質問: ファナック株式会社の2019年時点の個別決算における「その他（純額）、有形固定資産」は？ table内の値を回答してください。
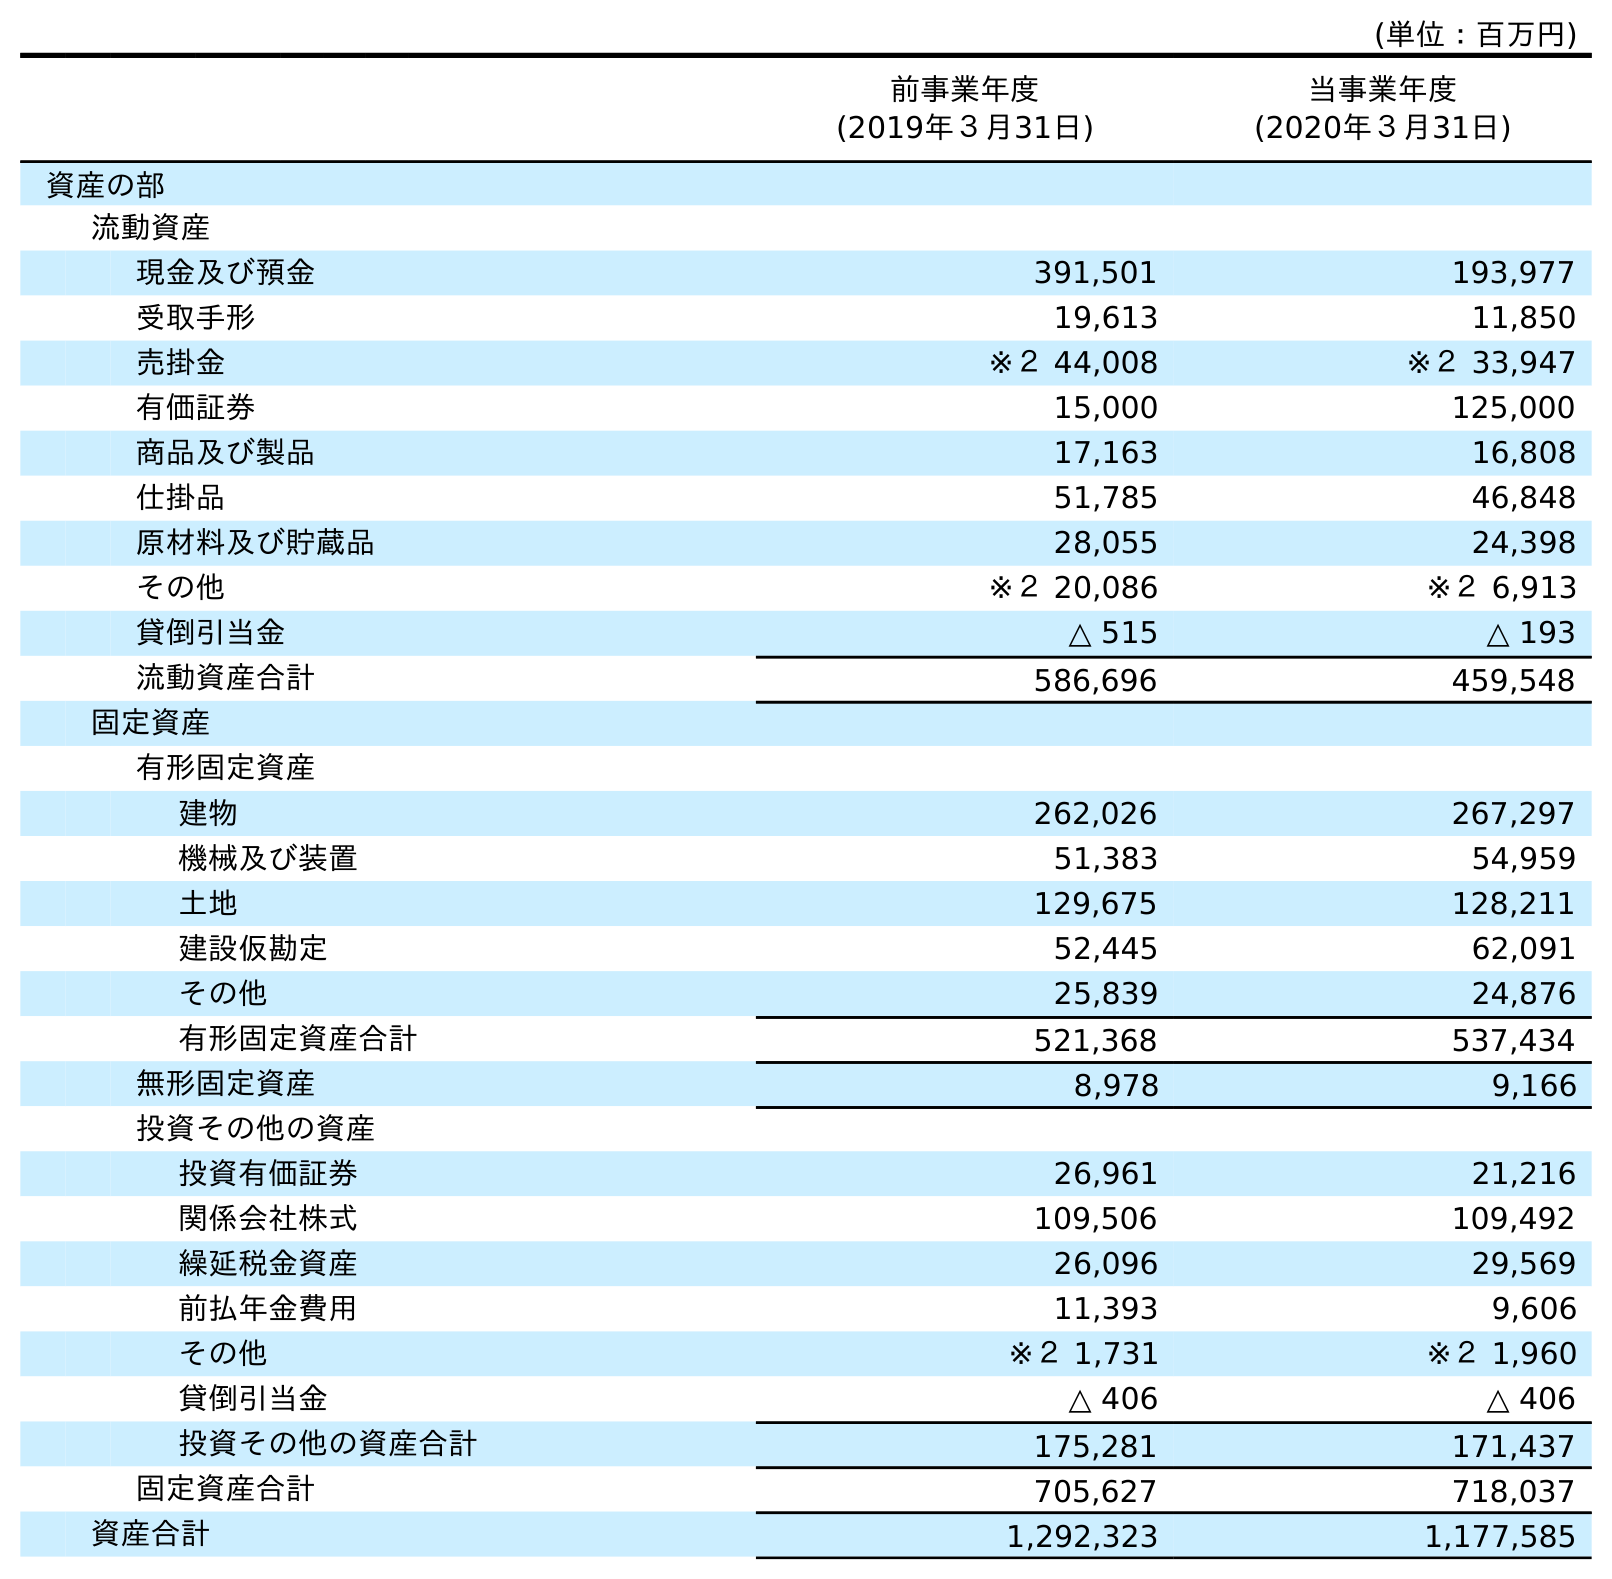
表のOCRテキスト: (単位：百万円) 前事業年度 (2019年３月31日) 当事業年度 (2020年３月31日) 資産の部 流動資産 現金及び預金 391,501 193,977 受取手形 19,613 11,850 売掛金 ※２ 44,008 ※２ 33,947 有価証券 15,000 125,000 商品及び製品 17,163 16,808 仕掛品 51,785 46,848 原材料及び貯蔵品 28,055 24,398 その他 ※２ 20,086 ※２ 6,913 貸倒引当金 △ 515 △ 193 流動資産合計 586,696 459,548 固定資産 有形固定資産 建物 262,026 267,297 機械及び装置 51,383 54,959 土地 129,675 128,211 建設仮勘定 52,445 62,091 その他 25,839 24,876 有形固定資産合計 521,368 537,434 無形固定資産 8,978 9,166 投資その他の資産 投資有価証券 26,961 21,216 関係会社株式 109,506 109,492 繰延税金資産 26,096 29,569 前払年金費用 11,393 9,606 その他 ※２ 1,731 ※２ 1,960 貸倒引当金 △ 406 △ 406 投資その他の資産合計 175,281 171,437 固定資産合計 705,627 718,037 資産合計 1,292,323 1,177,585
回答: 25,839